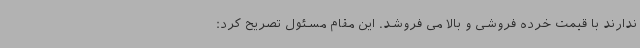
ندارند با قیمت خرده فروشی و بالا می فروشد. این مقام مسئول تصریح کرد: